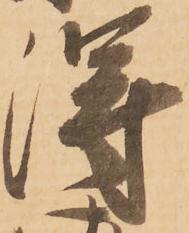
得